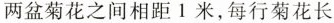
两盆菊花之间相距1米，每行菊花长